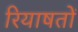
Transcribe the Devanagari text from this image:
रियाषतों